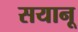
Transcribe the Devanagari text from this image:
सयानू